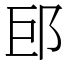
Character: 䢹